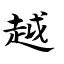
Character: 越